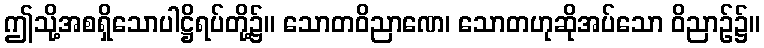
ဤသို့အစရှိသောပါဋ္ဌိရပ်တို့၌။ သောတဝိညာဏေ၊ သောတဟုဆိုအပ်သော ဝိညာဉ်၌။